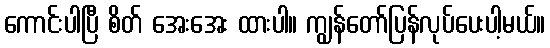
ကောင်းပါပြီ စိတ် အေးအေး ထားပါ။ ကျွန်တော်ပြန်လုပ်ပေးပါ့မယ်။